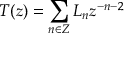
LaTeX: T ( z ) = \sum _ { n \in Z } L _ { n } z ^ { - n - 2 }